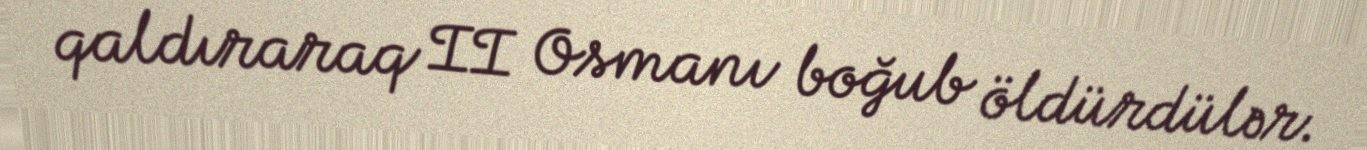
qaldıraraq II Osmanı boğub öldürdülər.